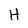
Character: H